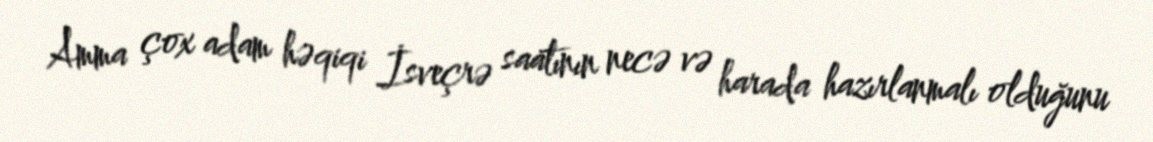
Amma çox adam həqiqi İsveçrə saatının necə və harada hazırlanmalı olduğunu